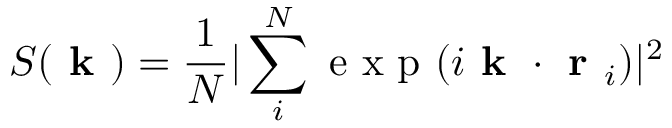
S ( \textbf { k } ) = \frac { 1 } { N } | \sum _ { i } ^ { N } \mathrm { ~ e ~ x ~ p ~ } ( i \textbf { k } \cdot \textbf { r } _ { i } ) | ^ { 2 }